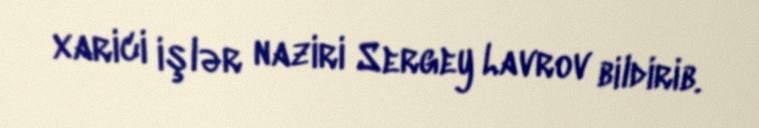
xarici işlər naziri Sergey Lavrov bildirib.